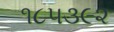
૧૮૫૩૯૨